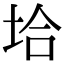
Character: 垥